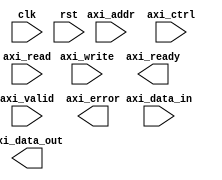
module AXI_bus_controller (
    // clock and reset signals
    input wire clk,
    input wire rst,

    // AXI bus signals
    input wire [31:0] axi_addr,
    input wire [31:0] axi_data_in,
    output reg [31:0] axi_data_out,
    input wire [3:0] axi_ctrl,
    input wire axi_write,
    input wire axi_read,
    output wire axi_ready,
    input wire axi_valid,
    output wire axi_error,

    // modules for handling read and write operations, data transfers, address decoding,
    // bus arbitration, synchronization, error detection and correction mechanisms

    // insert modules here for managing timing requirements of AXI bus protocol

);


// Insert Verilog code for Timing control and synchronization blocks AXI bus controller design

endmodule